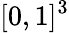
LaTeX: [0,1]^{3}